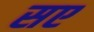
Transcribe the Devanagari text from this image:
सए